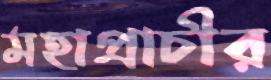
মহাপ্রাচীর